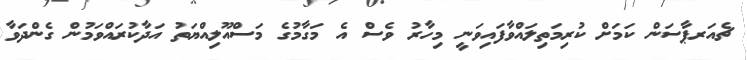
ޗެއަރޕާސަން ކަމަށް ކުރިމަތިލައްވާފައިވަނީ މިހާރު ވެސް އެ މަގާމުގެ މަސްއޫލިއްޔަތު އަދާކުރައްވަމުން ގެންދަވާ